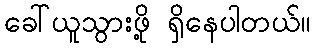
ခေါ်ယူသွားဖို့ ရှိနေပါတယ်။